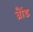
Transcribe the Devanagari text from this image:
ब्रौंड